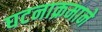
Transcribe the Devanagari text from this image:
घटनाक्रमाने